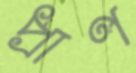
প্রাণ